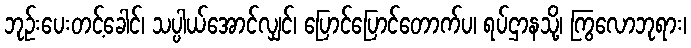
ဘုဉ်းပေးတင့်ခေါင်၊ သပ္ပါယ်အောင်လျှင်၊ ပြောင်ပြောင်တောက်ပ၊ ရပ်ဌာနသို့၊ ကြွလောဘုရား၊